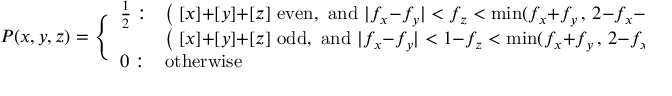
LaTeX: P ( x , y , z ) = \Bigg \{ \begin{array} { l l } { { \frac { 1 } { 2 } : } } & { { \big ( \; [ x ] { + } [ y ] { + } [ z ] \mathrm { ~ e v e n , ~ a n d ~ } | f _ { x } { - } f _ { y } | < f _ { z } < \operatorname * { m i n } ( f _ { x } { + } f _ { y } \, , \, 2 { - } f _ { x } { - } f _ { y } ) \; \big ) \; \; \mathrm { ~ o r } } } \\ { { } } & { { \big ( \; [ x ] { + } [ y ] { + } [ z ] \mathrm { ~ o d d , ~ a n d ~ } | f _ { x } { - } f _ { y } | < 1 { - } f _ { z } < \operatorname * { m i n } ( f _ { x } { + } f _ { y } \, , \, 2 { - } f _ { x } { - } f _ { y } ) \; \big ) } } \\ { { 0 : } } & { { \mathrm { o t h e r w i s e } } } \end{array}